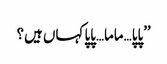
’’پاپا…ماما…پاپا کہاں ہیں؟